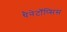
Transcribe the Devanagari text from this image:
थैनेटॉॅप्सिस